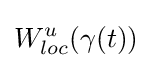
W_{loc}^{u}(\gamma (t))